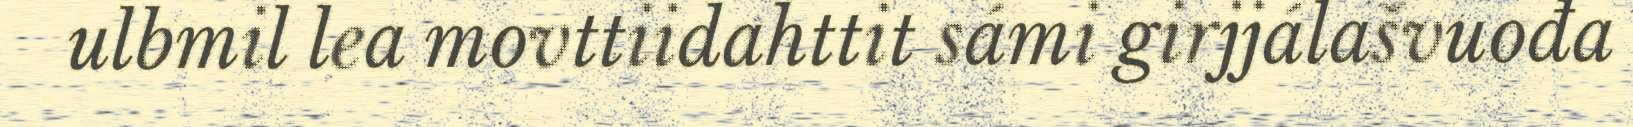
ulbmil lea movttiidahttit sámi girjjálašvuođa